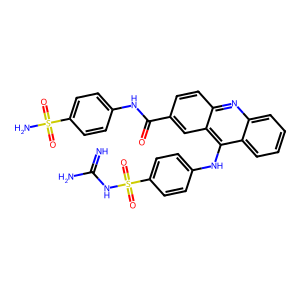
SMILES: N=C(N)NS(=O)(=O)c1ccc(Nc2c3ccccc3nc3ccc(C(=O)Nc4ccc(S(N)(=O)=O)cc4)cc23)cc1
Inhibits HIV replication: No